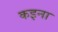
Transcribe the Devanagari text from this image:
कइना